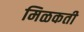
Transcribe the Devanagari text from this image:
मिळकती